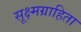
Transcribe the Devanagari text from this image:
सूक्ष्मग्राहिता